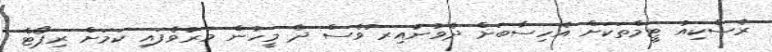
ރެސްކިއު ޓީމްތަކަށް އެހިސާބަށް ދެވުނުއިރ ުވެސް ދެ މީހުން މަރުވެފައި ކަމަށް ރިޕޯޓް